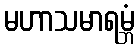
မဟာသမာရမ္ဘံ